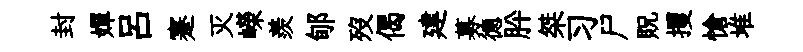
封嬋呂蹇灭嶸羨郇歿偈建募德肸桀习尸貺攫愴堆